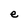
Character: e